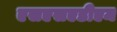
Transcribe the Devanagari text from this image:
एसएसएडीएम